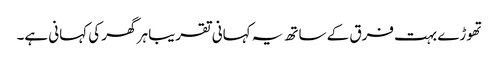
تھوڑے بہت فرق کے ساتھ یہ کہانی تقریبا ہر گھر کی کہانی ہے۔